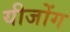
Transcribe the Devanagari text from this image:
यीजोंग